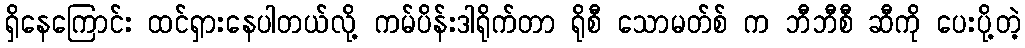
ရှိနေကြောင်း ထင်ရှားနေပါတယ်လို့ ကမ်ပိန်းဒါရိုက်တာ ရိုစီ သောမတ်စ် က ဘီဘီစီ ဆီကို ပေးပို့တဲ့